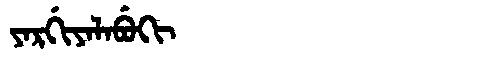
Manchu: ᠶᠠᡵᡤᡳᠶᠠᠯᠠᠪᡠᡴᡳ
Romanization: YARGIYALABUKI